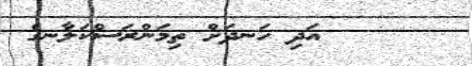
އަދި ހަނދަށް ތިމަންރަސްކަލާނގެ